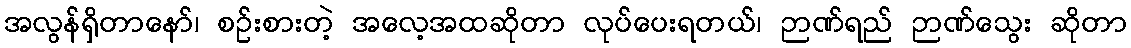
အလွန်ရှိတာနော်၊ စဉ်းစားတဲ့ အလေ့အထဆိုတာ လုပ်ပေးရတယ်၊ ဉာဏ်ရည် ဉာဏ်သွေး ဆိုတာ